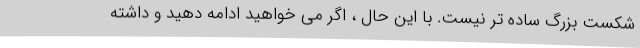
شکست بزرگ ساده تر نیست. با این حال ، اگر می خواهید ادامه دهید و داشته